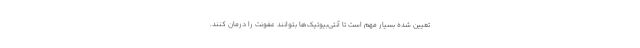
تعیین شده بسیار مهم است تا آنتی‌بیوتیک‌ها بتوانند عفونت را درمان کنند.